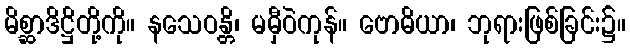
မိစ္ဆာဒိဋ္ဌိတို့ကို။ နသေဝန္တိ၊ မမှီဝဲကုန်။ ဗောဓိယာ၊ ဘုရားဖြစ်ခြင်း၌။